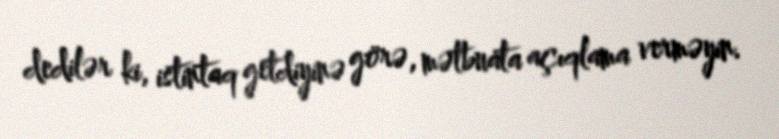
dedilər ki, istintaq getdiyinə görə, mətbuata açıqlama verməyin.